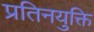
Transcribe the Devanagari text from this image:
प्रतिनयुक्ति